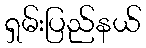
ရှမ်းပြည်နယ်